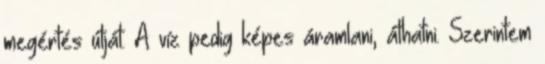
megértés útját. A víz pedig képes áramlani, áthatni. Szerintem